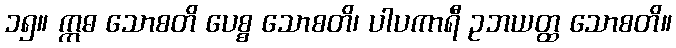
၁၅။ ဣဓ သောစတိ ပေစ္စ သောစတိ၊ ပါပကာရီ ဥဘယတ္ထ သောစတိ။